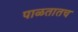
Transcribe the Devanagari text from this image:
पाळतातच